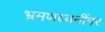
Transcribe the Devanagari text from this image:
भ्रमणध्वनींवर